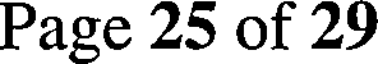
Page 25 of 29